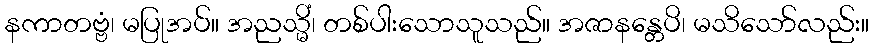
နကာတဗ္ဗံ၊ မပြုအပ်။ အညသ္မိံ၊ တစ်ပါးသောသူသည်။ အဇာနန္တေပိ၊ မသိသော်လည်း။